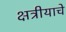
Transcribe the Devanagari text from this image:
क्षत्रीयाचे